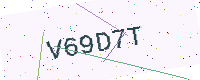
Text: V69D7T